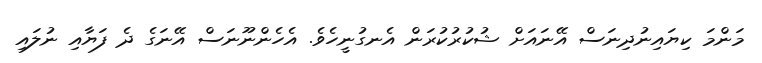
މަންމަ ކިޔައިނުދިނަސް އޭނައަށް ޝުކުރުކުރަން އެނގުނީހެވެ. އެހެންނޫނަސް އޭނަގެ ދެ ފަޔާއި ނުލައި